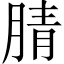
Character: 腈